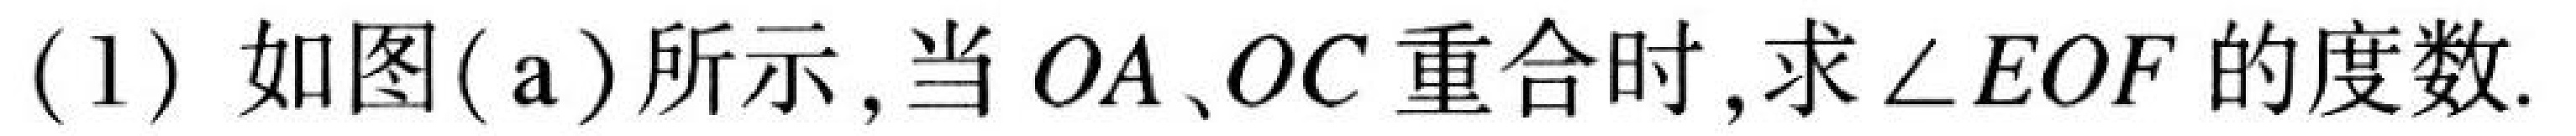
(1) 如图(\text{a})所示,当\(OA、OC\)重合时,求\(\angle EOF\)的度数.